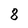
Character: 8